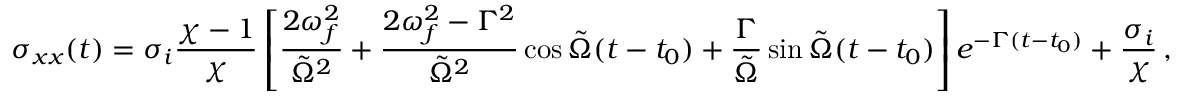
\sigma _ { x x } ( t ) = \sigma _ { i } \frac { \chi - 1 } { \chi } \left[ \frac { 2 \omega _ { f } ^ { 2 } } { \tilde { \Omega } ^ { 2 } } + \frac { 2 \omega _ { f } ^ { 2 } - \Gamma ^ { 2 } } { \tilde { \Omega } ^ { 2 } } \cos \tilde { \Omega } ( t - t _ { 0 } ) + \frac { \Gamma } { \tilde { \Omega } } \sin \tilde { \Omega } ( t - t _ { 0 } ) \right] e ^ { - \Gamma ( t - t _ { 0 } ) } + \frac { \sigma _ { i } } { \chi } \, ,